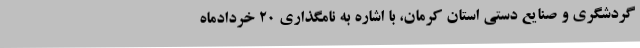
گردشگری و صنایع دستی استان کرمان، با اشاره به نامگذاری 20 خردادماه